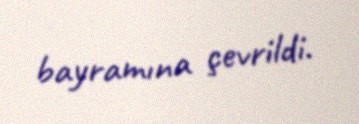
bayramına çevrildi.